Riigikantselei, lk 44
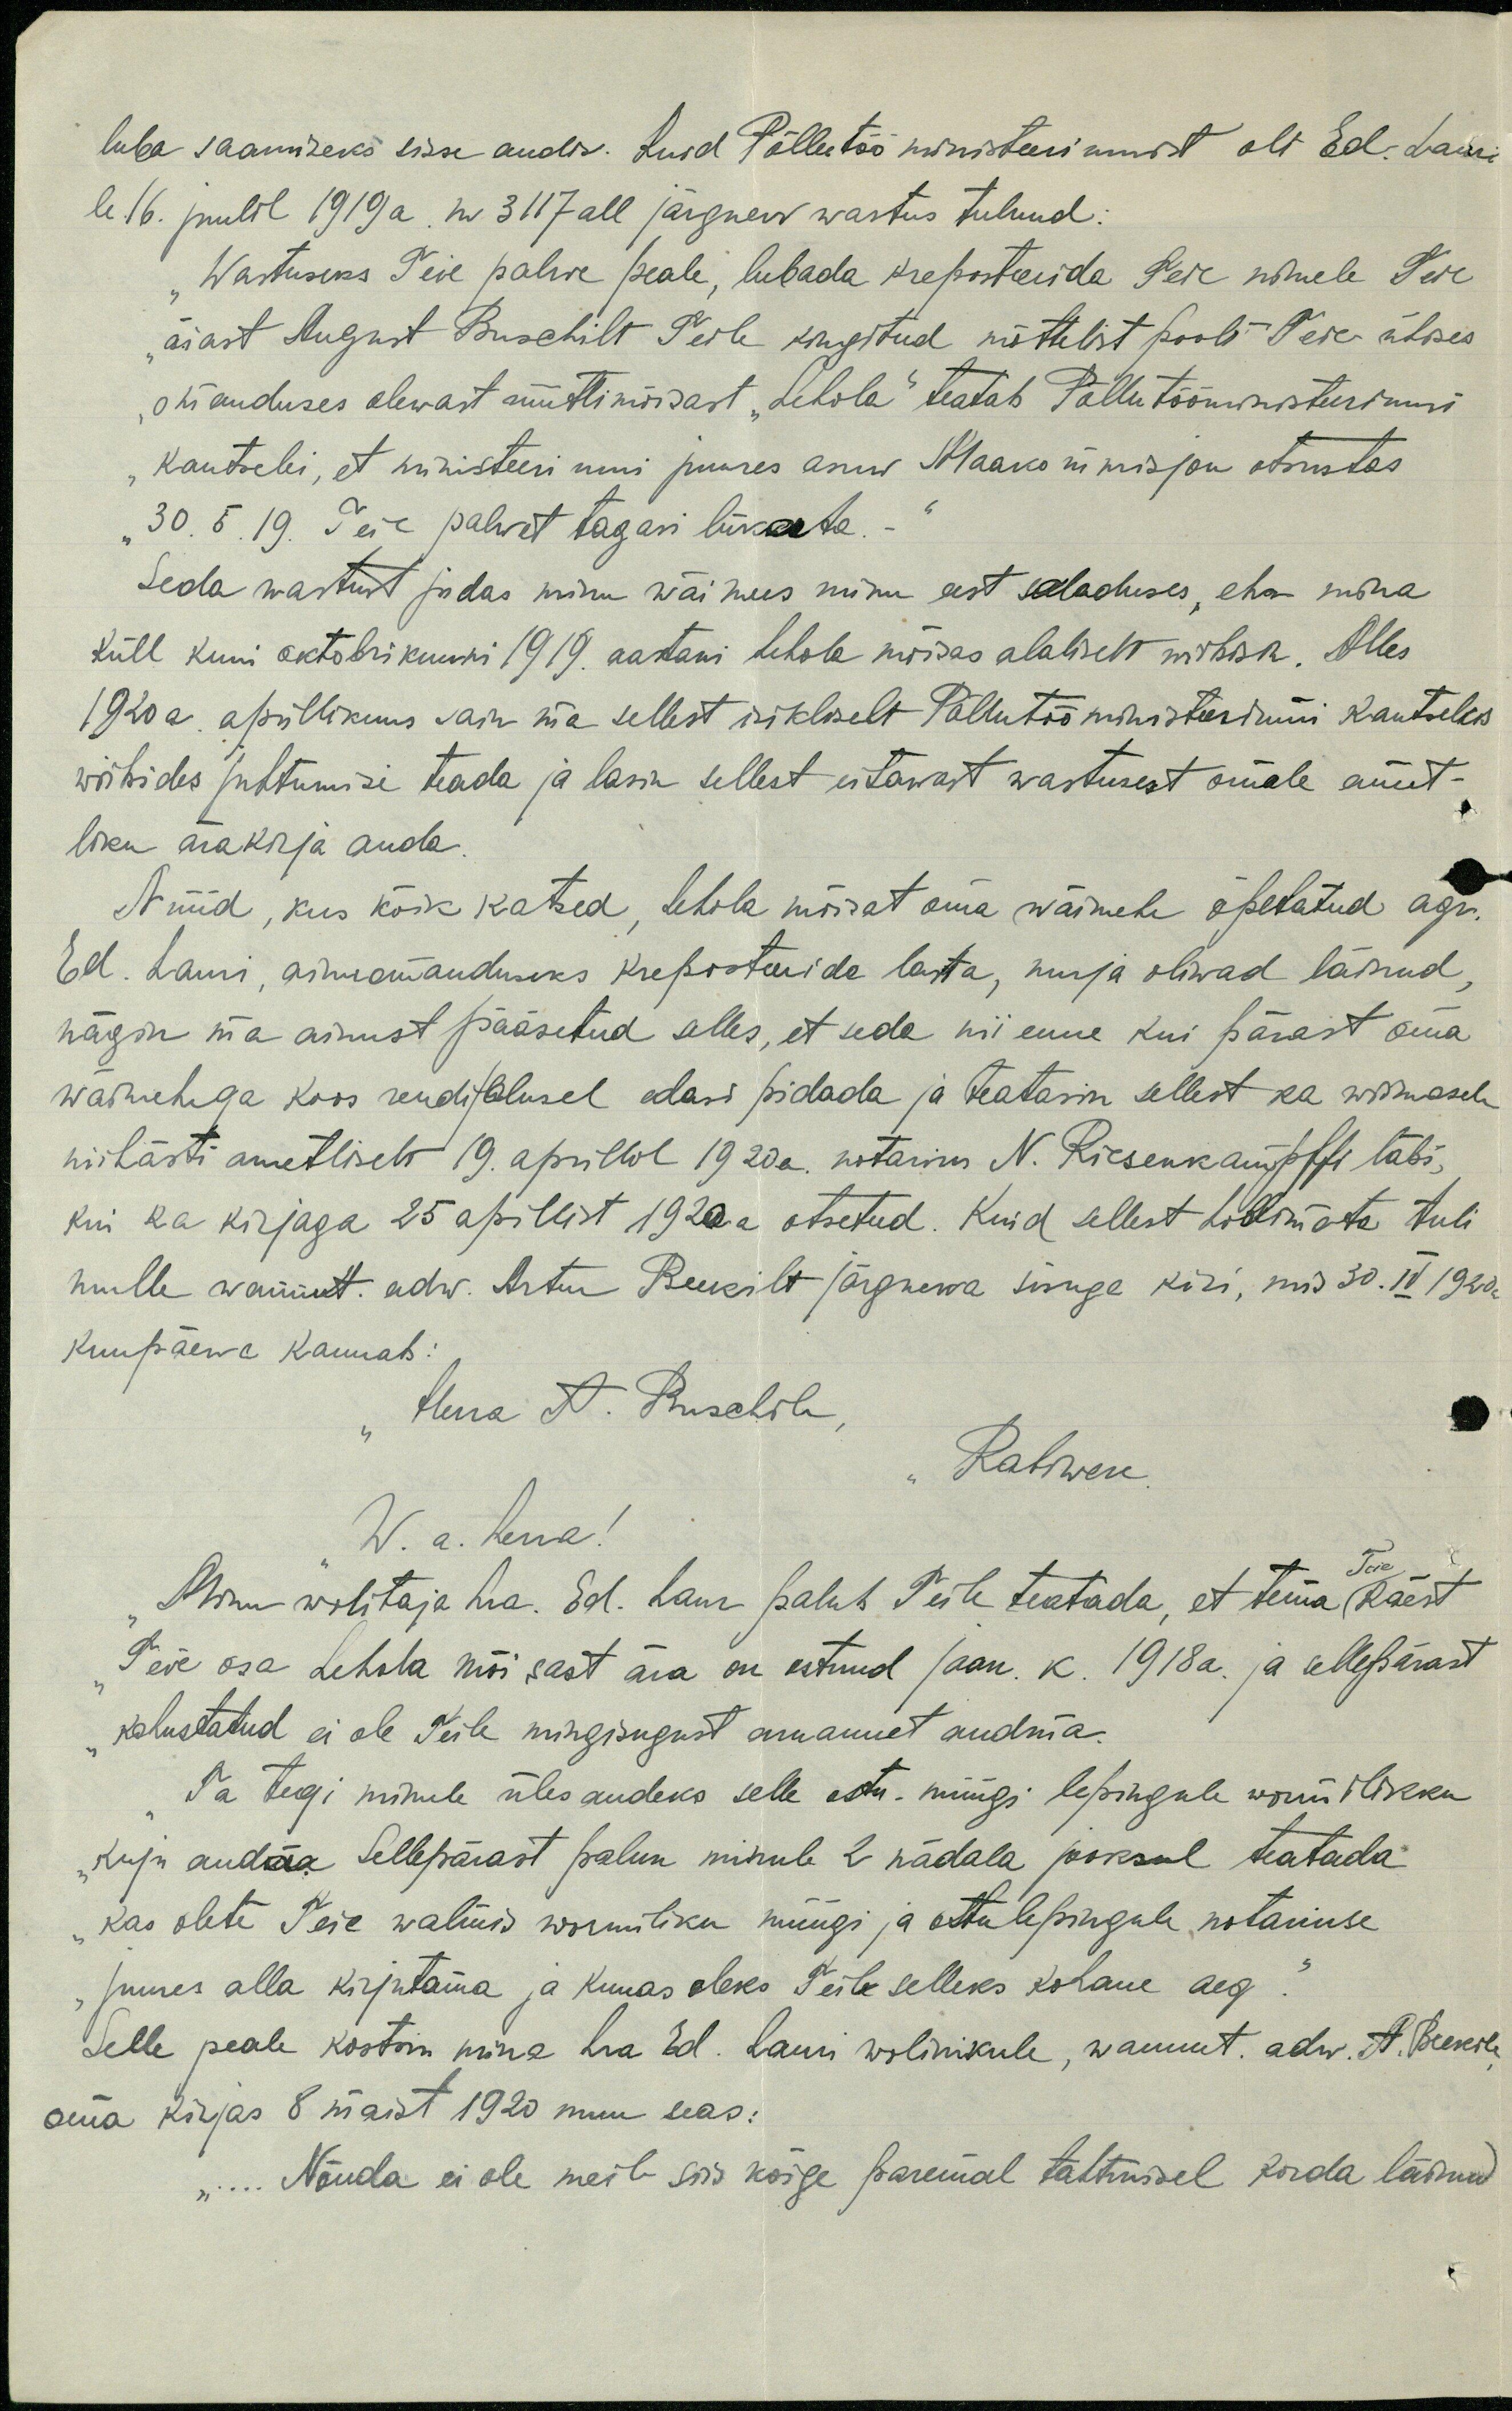
luba saamiseks sisse andis. Kuid Põllutöö ministeeriumist oli Ed. Lauri
le 16. juulil 1919 a. nr 3117 all järgnev wastus tulnud:
"Wastuseks Teie palwe peale, lubada kreposteerida Teie nimele Teie
"äiast August Buschilt Teile kingitud mõttelist poolt Teie ühies
"omanduses olewast rüütlimõisast "Lehola" teatab Põllutööministeeriumi
"kantselei, et ministeeriumi juures asuw Maakommisjon otsustas
"30. 5. 19. Teie palvet tagasi lükata. - "
Seda wastust pidas minu wäimees minu eest saladuses, ehk mina
küll kuni oktobrikuuni 1919. aastani Lehola mõisas alaliselt wiibisin. Alles
1920 a. aprillikuus sain ma sellest isikliselt Põllutööministeeriumi kantseles
wiibides juhtumisi teada ja lasin sellest eitawast wastusest omale amet-
liku ärakirja anda.
Nüüd, kus kõik katsed, Lehola mõisat oma wäimehe õpetatud agr.
Ed. Lauri, ainuomanduseks kreposteerida lasta, nurja oliwad läinud,
nägin ma ainust pääseteed selles, et seda nii enne kui pärast oma
wäimehega koos rendi/alusel edasi pidada ja teatasin sellest ka wiimasele
niihästi ametliselt 19. aprillil 1920 a. notarius N. Riesenkampffi läbi,
kui ka kirjaga 25 aprillist 1920 a otseteed. Kuid sellest hoolimata tuli
mulle wannut. adw. Artur Beekilt järgnewa sisuga kiri, mis 30. IV 1920 a
kuupäewa kannab:
"Herra A. Buschile
Rakwere.
W. a. herra!
Minu wolitaja hra. Ed. Laur palub Teile teatada, et tema Teie käest
Teie osa Lehola mõisast ära on ostnud jaan. k. 1918 a. ja sellepärast
kohustatud ei ole Teile mingisugust aruannet andma.
Ta tegi minule ülesandeks selle ostu-müügi lepingule wormilikku
"kuju andma Sellepärast palun minule 2 nädala jooksul teatada
Kas olete Teie walmis wormiliku müügi ja ostulepingule notariuse
juures alla kirjutama ja kunas oleks Teile selleks kohane aeg."
Selle peale kostsin mina hra Ed. Lauri wolinikule, wannut. adw. A. Beekile
oma kirjas 8 maist 1920 muu seas:
"... Nõnda ei ole meil siis kõige paremal tahtmisel korda läinud